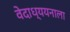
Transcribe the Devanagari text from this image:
वेदाध्ययनाला